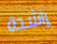
راشدة